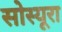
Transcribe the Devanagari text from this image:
सोस्यूरा